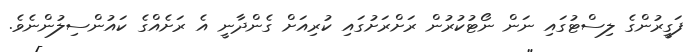
ފަގީރުންގެ ލިސްޓުގައި ނަން ނޯޓުކުރުން ރަށްރަށުގައި ކުރިއަށް ގެންދާނީ އެ ރަށެއްގެ ކައުންސިލުންނެވެ.